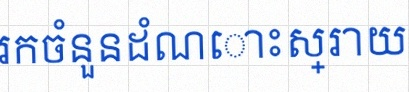
រកចំនួនដំណោះស្រាយ